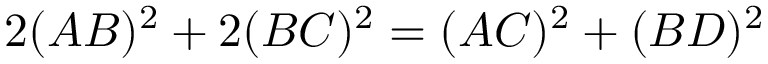
2 ( A B ) ^ { 2 } + 2 ( B C ) ^ { 2 } = ( A C ) ^ { 2 } + ( B D ) ^ { 2 }